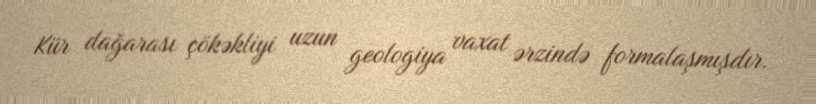
Kür dağarası çökəkliyi uzun geologiya vaxat ərzində formalaşmışdır.